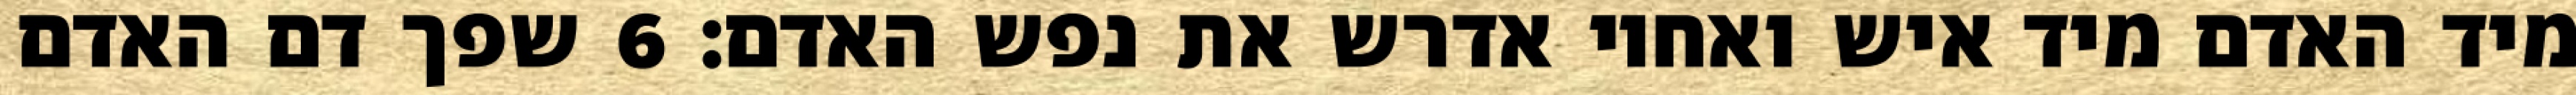
מיד האדם מיד איש ואחיו אדרש את נפש האדם׃ ‎6‏ שפך דם האדם